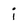
Character: j